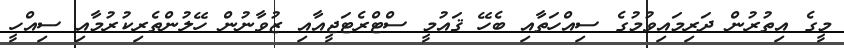
މީގެ އިތުރުން ދަރިމައިވުމުގެ ސިއްހަތާއި ބެހޭ ޤައުމީ ސްޓްރެޓަޖީއާއި ޒުވާނުން ހޭލުންތެރިކުރުމާއި ސިއްހީ